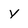
Character: y